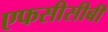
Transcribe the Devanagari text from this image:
एफसीसीबी